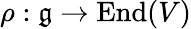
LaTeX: \rho:{\mathfrak{g}}\rightarrow\operatorname{End}(V)